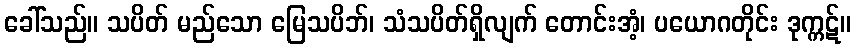
ခေါ်သည်။ သပိတ် မည်သော မြေသပိဘ်၊ သံသပိတ်ရှိလျက် တောင်းအံ့၊ ပယောဂတိုင်း ဒုက္ကဋ်။